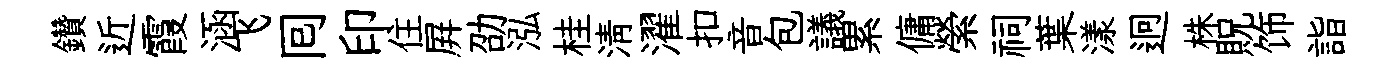
鑽近霞涵飞囘印住屛劭泓桂清濯扣音包議累傭縈祠葉漾迥株貺饰詣